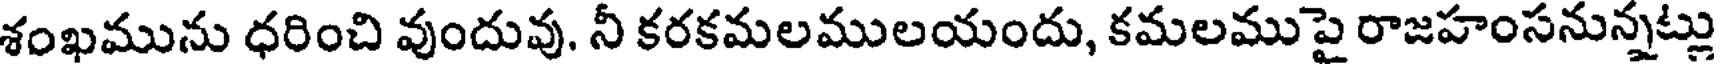
శంఖమును ధరించి వుందువు, నీ కరకమలములయందు, కమలముపై రాజహంసనున్నట్లు